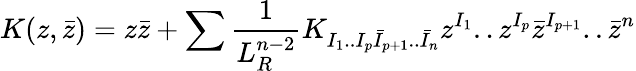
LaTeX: K(z,\bar{z})=z\bar{z}+\sum{\frac{1}{L_{R}^{n-2}}}K_{I_{1}..I_{p}\bar{I}_{p+1}..\bar{I}_{n}}z^{I_{1}}..z^{I_{p}}\bar{z}^{I_{p+1}}..\bar{z}^{n}